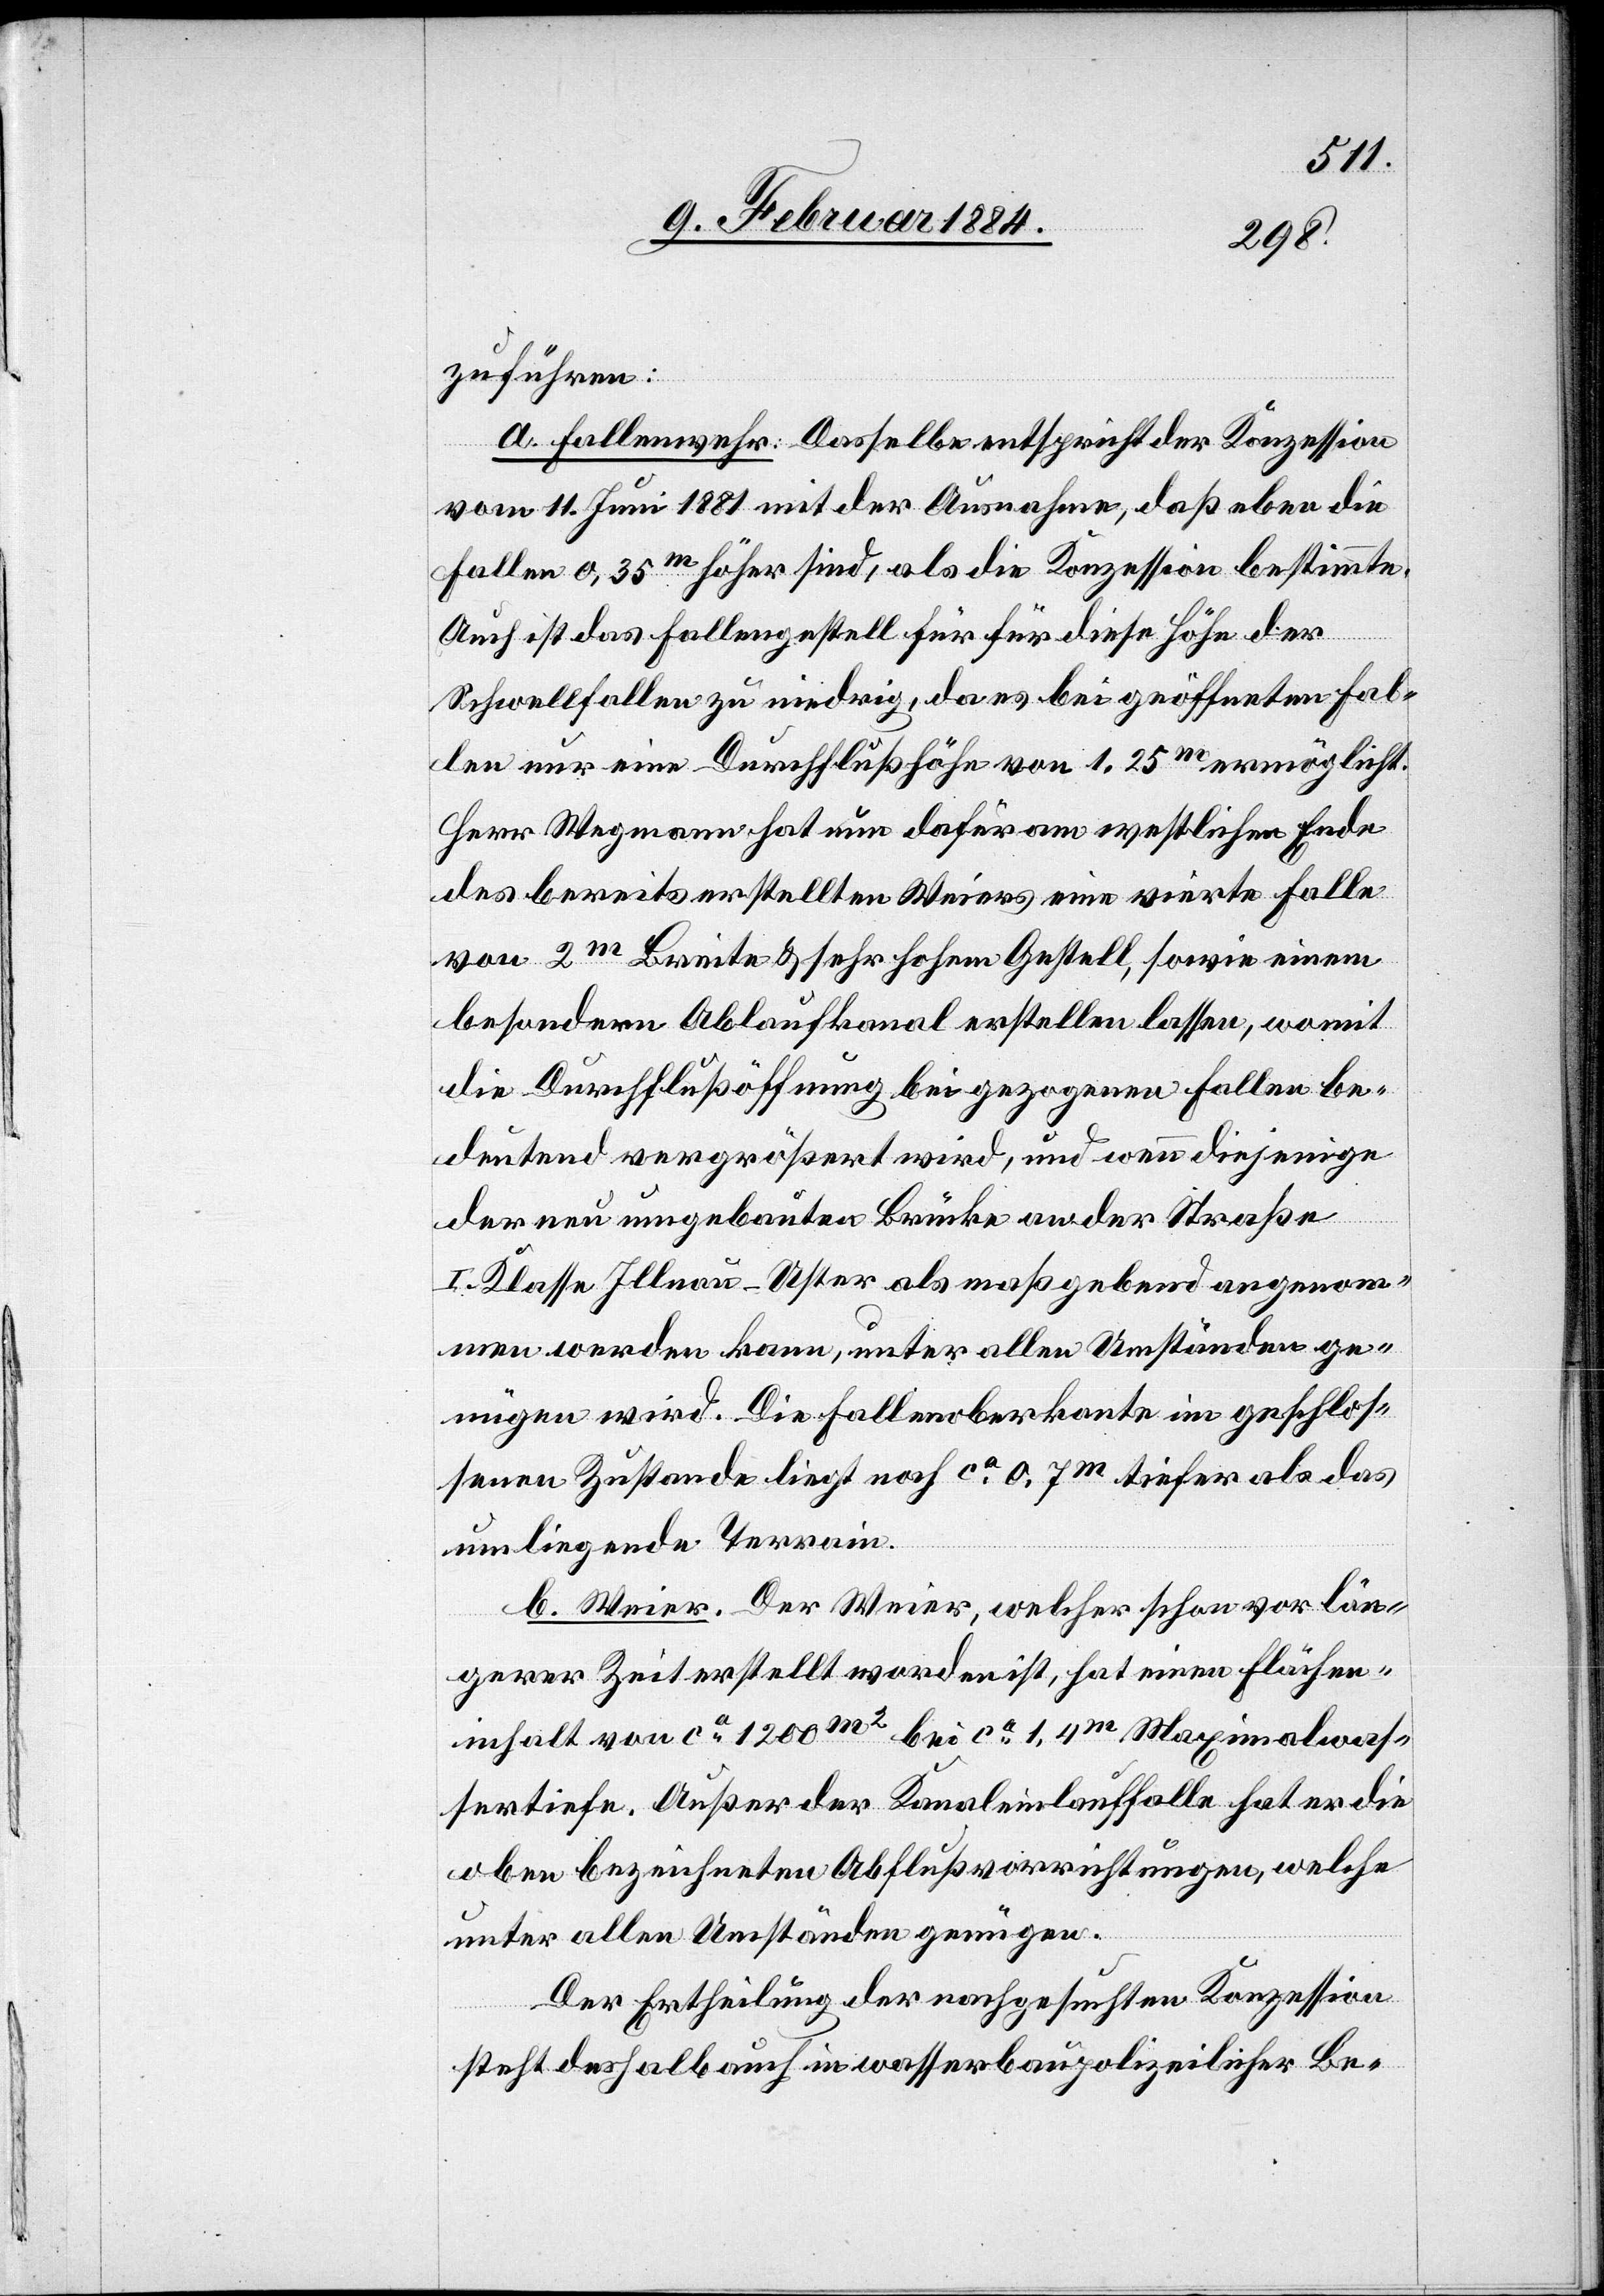
zuführen:
a. Fallenwehr: Dasselbe entspricht der Konzession
vom 11. Juni 1881 mit der Ausnahme, daß eben die
Fallen 0,35m höher sind, als die Konzession bestimmte.
Auch ist das Fallengestell für für [sic!] diese Höhe der
Schwellfallen zu niedrig, da es bei geöffneten Fal¬
len nur eine Durchflußhöhe von 1,25m ermöglicht.
Herr Wegmann hat nun dafür am westlichen Ende
des bereits erstellten Weiers eine vierte Falle
von 2m Breite & sehr hohem Gestell, sowie einem
besonderen Ablaufkanal erstellen lassen, womit
die Durchflußöffnung bei gezogenen Fallen be¬
deutend vergrößert wird, und wenn diejenige
der neu umgebauten Brücke an der Straße
I. Klasse Illnau–Uster als maßgebend angenom¬
men werden kann, unter allen Umständen ge¬
nügen wird. Die Falloberkante im geschlos¬
senen Zustande liegt noch ca 0.7m tiefer als das
umliegende Terrain.
b. Weier: Der Weier, welcher schon vor län¬
gerer Zeit erstellt worden ist, hat einen Flächen¬
inhalt von ca 1200m2 bei ca 1,4m Maximalwas¬
sertiefe. Außer der Kanaleinlauffalle hat er die
oben bezeichneten Abflußvorrichtungen, welche
unter allen Umständen genügen.
Der Ertheilung der nachgesuchten Konzession
steht deshalb auch in wasserbaupolizeilicher Be-